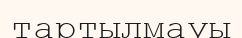
тартылмауы